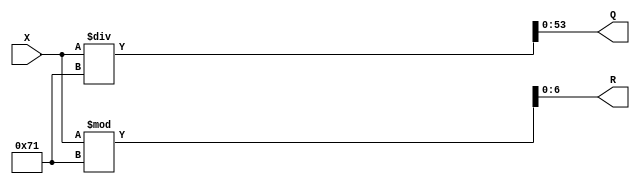
module division_standard( X, Q, R);

input  [60:1] X;
output [54:1] Q; 
output [7:1] R;

assign Q = X / 113;

assign R = X % 113;

endmodule